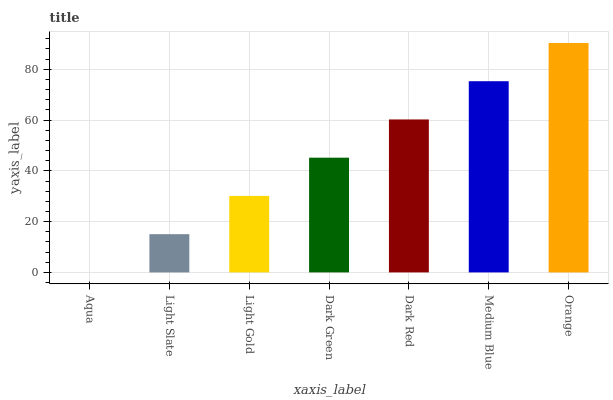
| xaxis_label | bars |
 | --- | --- |
 | Aqua | 0 |
 | Light Slate | 15.1 |
 | Light Gold | 30.1 |
 | Dark Green | 45.2 |
 | Dark Red | 60.2 |
 | Medium Blue | 75.3 |
 | Orange | 90.4 |